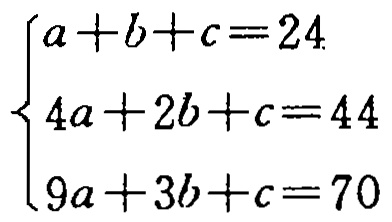
\(\begin{cases}

a + b + c = 24 \\

4a + 2b + c = 44 \\

9a + 3b + c = 70

\end{cases}\)